Statistical return of the lunatic asylum in Assam - 1912-1932
Year: 1912
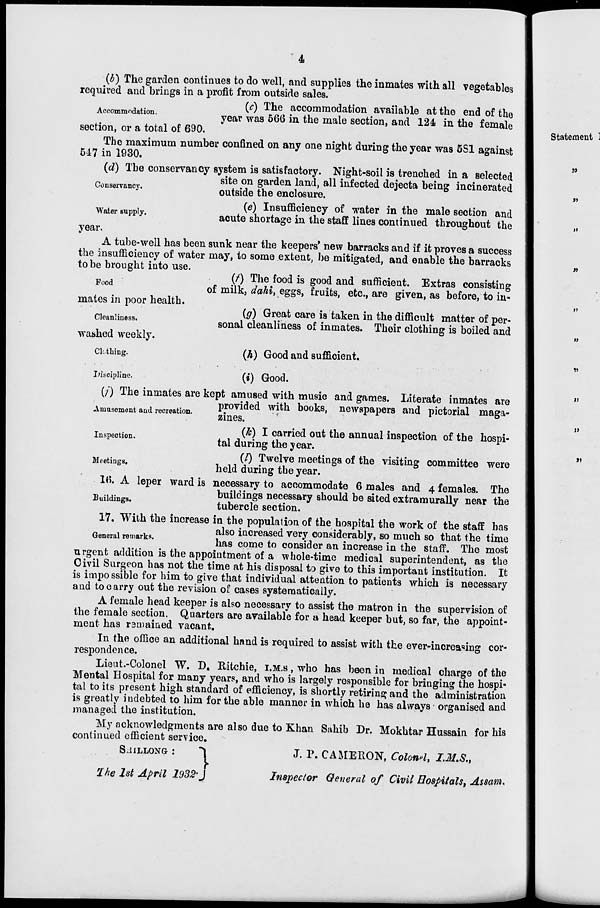
4
(b) The garden continues to do well, and supplies the inmates with all vegetables
required and brings in a profit from outside sales.
(c) The accommodation available at the end of the
Accommodation.
^^ wag 666 jn ^ male section> aQ(i ± M in the f emale
section, or a total of 690.
The maximum number confined on any one night during the year was 5S1 against
517 in 1930.
(d) The conservancy system is satisfactory. Night-soil is trenched in a selected
site on garden land, all infected dejecta being incinerated
Conservancy.
outside the enclosure.
{e) Insufficiency of water in the male section and
acute shortage in the staff lines continued throughout the
Water supply,
year.
A tube-well has been sunk near the keepers' new barracks and if it proves a success
the insufficiency of water may, to some extent, be mitigated, and enable the barracks
to be brought into use.
(/) The food is good and sufficient. Extras consisting
00
of milk, dahi, eggs, fruits, etc., are given, as before, to in-
mates in poor health.
(g) Great care is taken in the difficult matter of per-
sonal cleanliness of inmates. Their clothing is boiled and
Cleanliness.
washed weekly.
Cubing.
(A) Good and sufficient.
(i) Good.
Inspection.
Meetings.
Ijiscipline.
(/) The inmates are kept amused with music and games. Literate inmates are
.
■ ..
provided with books, newspapers and pictorial maga-
Anmsement and recreation.
*.
* f
r
* *
»
Q
zmes.
(k) I carried out the annual inspection of the hospi-
tal during the year.
(/) Twelve meetings of the visiting committee were
held during the year.
If). A leper ward is necessary to accommodate 6 males and 4 females. The
buildings necessary should be sited extramurally near the
ul ings *
tubercle section.
17. With the increase in the population of the hospital the work of the staff has
also increased very considerably, so much so that the time
1,1
» *
ua8 come £ 0 consider an increase in the staff. The most
urgent addition is the appointment of a whole-time medical superintendent, as the
Civil Surgeon has not the time at his disposal to give to this important institution. It
is impossible for him to give that individual attention to patients which is necessary
and to carry out the revision of cases systematically.
A female head keeper is also necessary to assist the matron in the supervision of
the female section. Quarters are available for a head keeper but, so far, the appoint-
ment has ramained vacant.
In the office an additional hand is required to assist with the ever-increasing cor-
respondence.
Lieut.-Colonel W. D. Ritchie, I.M.S , who has been in medical charge of the
Mental Hospital for many years, and who is largely responsible for bringing the hospi-
tal to its present high standard of efficiency, is shortly retiring and the administration
is greatly indebted to him for the able manner in which he has always organised and
managed the institution.
My acknowledgments are also due to Khan Sahib Dr. Mokhtar Hussain for his
continued efficient service.
SJILLONG :
"1
J. 1\ CAMERON, Colonel, I.M.S.,
1
'Ike 1st April 1932- J
Inspector General of Civil Hospitals, Assam*